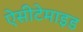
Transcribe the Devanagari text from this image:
ऐसीटेमाइड